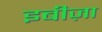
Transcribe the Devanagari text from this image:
इबीज़ा